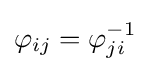
\varphi _{ij}=\varphi _{ji}^{-1}